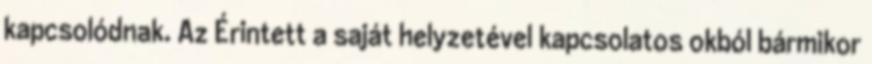
kapcsolódnak. Az Érintett a saját helyzetével kapcsolatos okból bármikor